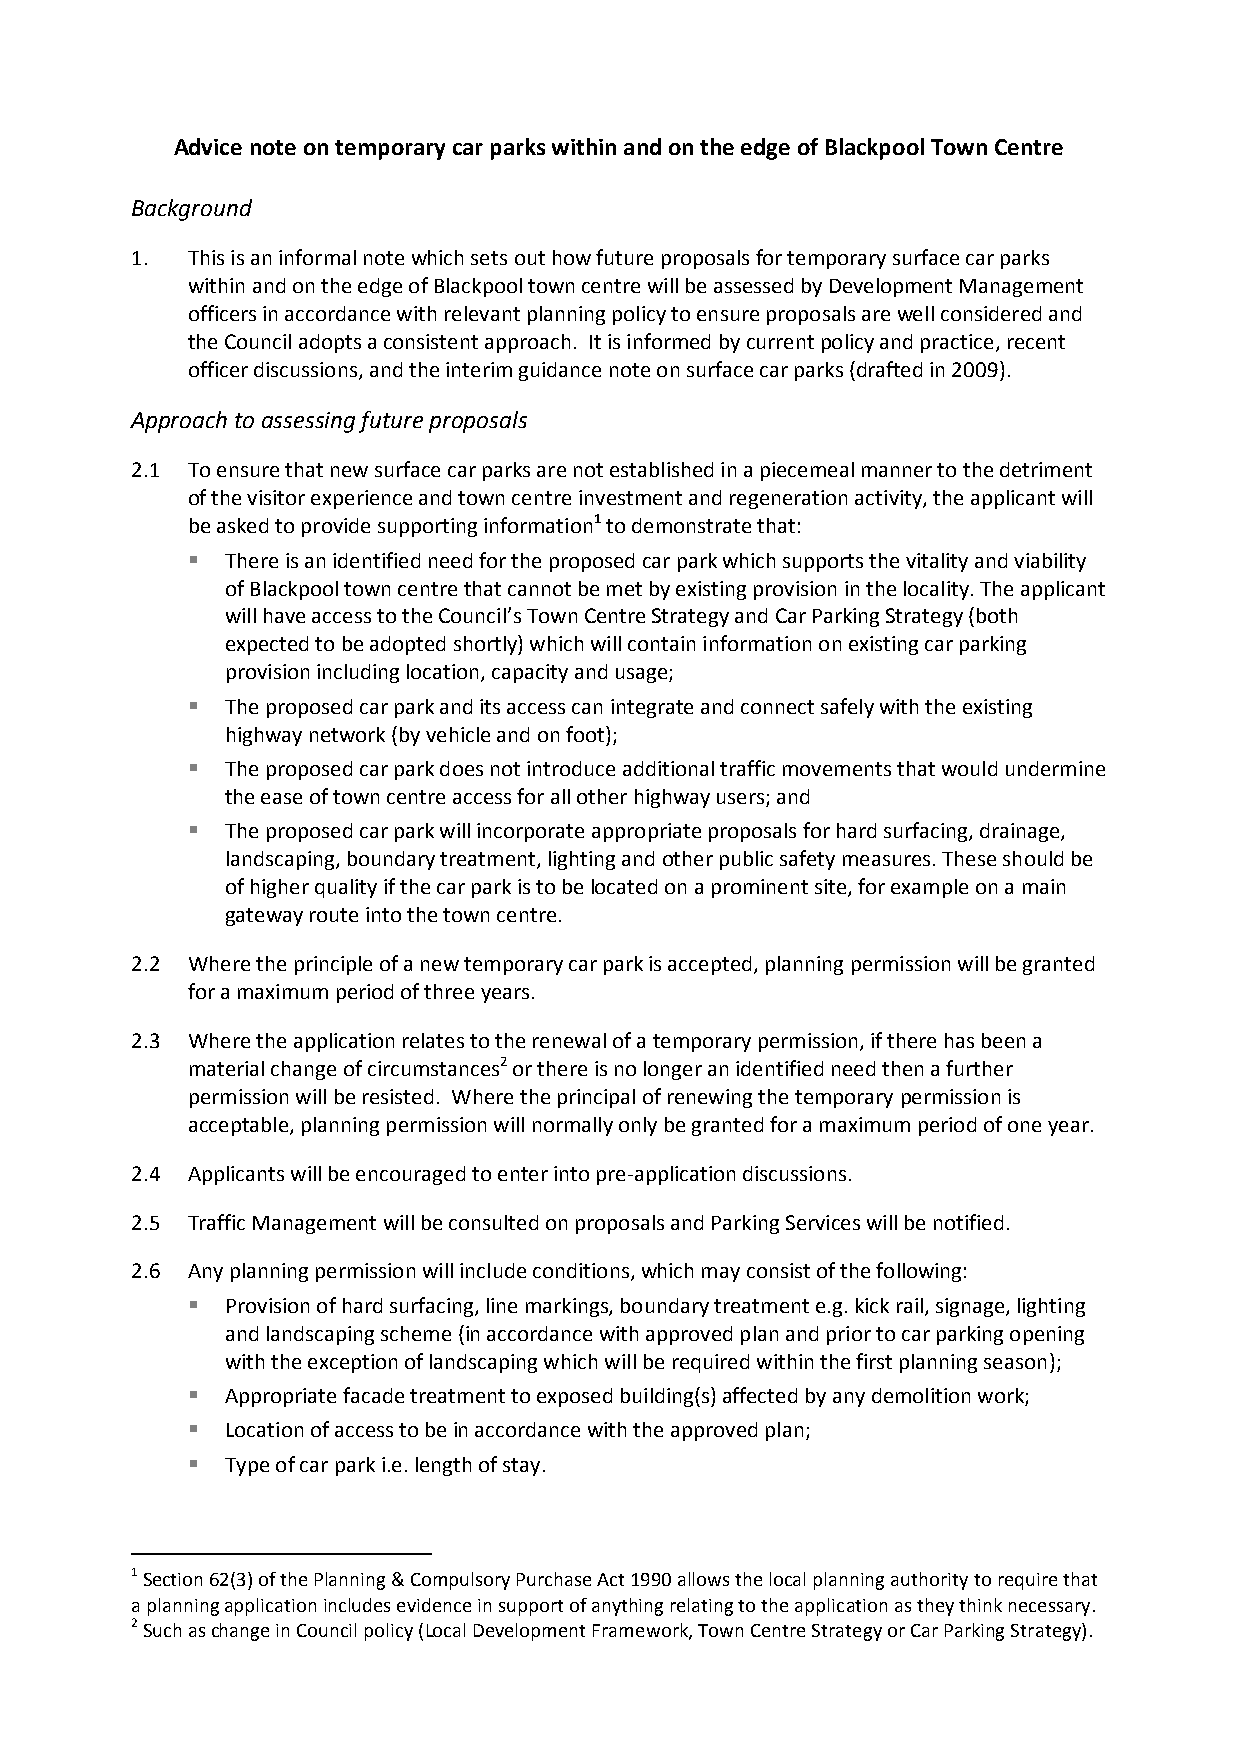
Advice note on temporary car parks within and on the edge of Blackpool Town Centre
 Background
 1. This is an informal note which sets out how future proposals for temporary surface car parks
 within and on the edge of Blackpool town centre will be assessed by Development Management
 officers in accordance with relevant planning policy to ensure proposals are well considered and
 the Council adopts a consistent approach. It is informed by current policy and practice, recent
 officer discussions, and the interim guidance note on surface car parks (drafted in 2009).
 Approach to assessing future proposals
 2.1 To ensure that new surface car parks are not established in a piecemeal manner to the detriment
 of the visitor experience and town centre investment and regeneration activity, the applicant will
 be asked to provide supporting information1 to demonstrate that:
   There is an identified need for the proposed car park which supports the vitality and viability
 of Blackpool town centre that cannot be met by existing provision in the locality. The applicant
 will have access to the Council’s Town Centre Strategy and Car Parking Strategy (both
 expected to be adopted shortly) which will contain information on existing car parking
 provision including location, capacity and usage;
   The proposed car park and its access can integrate and connect safely with the existing
 highway network (by vehicle and on foot);
   The proposed car park does not introduce additional traffic movements that would undermine
 the ease of town centre access for all other highway users; and
   The proposed car park will incorporate appropriate proposals for hard surfacing, drainage,
 landscaping, boundary treatment, lighting and other public safety measures. These should be
 of higher quality if the car park is to be located on a prominent site, for example on a main
 gateway route into the town centre.
 2.2 Where the principle of a new temporary car park is accepted, planning permission will be granted
 for a maximum period of three years.
 2.3 Where the application relates to the renewal of a temporary permission, if there has been a
 material change of circumstances2 or there is no longer an identified need then a further
 permission will be resisted. Where the principal of renewing the temporary permission is
 acceptable, planning permission will normally only be granted for a maximum period of one year.
 2.4 Applicants will be encouraged to enter into pre-application discussions.
 2.5 Traffic Management will be consulted on proposals and Parking Services will be notified.
 2.6 Any planning permission will include conditions, which may consist of the following:
   Provision of hard surfacing, line markings, boundary treatment e.g. kick rail, signage, lighting
 and landscaping scheme (in accordance with approved plan and prior to car parking opening
 with the exception of landscaping which will be required within the first planning season);
   Appropriate facade treatment to exposed building(s) affected by any demolition work;
   Location of access to be in accordance with the approved plan;
   Type of car park i.e. length of stay.
 1 Section 62(3) of the Planning & Compulsory Purchase Act 1990 allows the local planning authority to require that
 a planning application includes evidence in support of anything relating to the application as they think necessary.
 2 Such as change in Council policy (Local Development Framework, Town Centre Strategy or Car Parking Strategy).